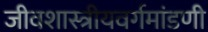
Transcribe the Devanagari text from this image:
जीवशास्त्रीयवर्गमांडणी